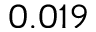
0 . 0 1 9